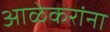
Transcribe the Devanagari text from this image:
आळेकरांना